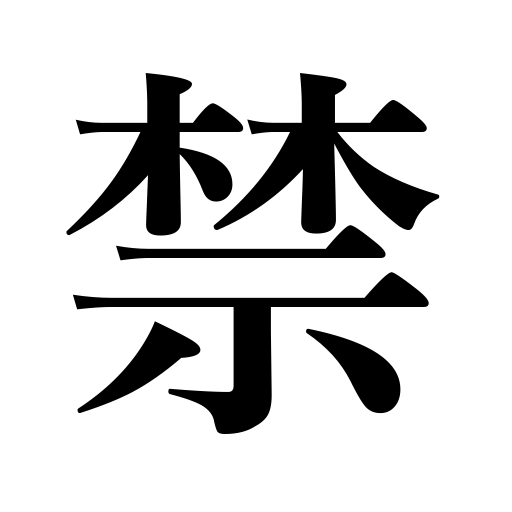
Meanings: prohibition,ban,law,embargo